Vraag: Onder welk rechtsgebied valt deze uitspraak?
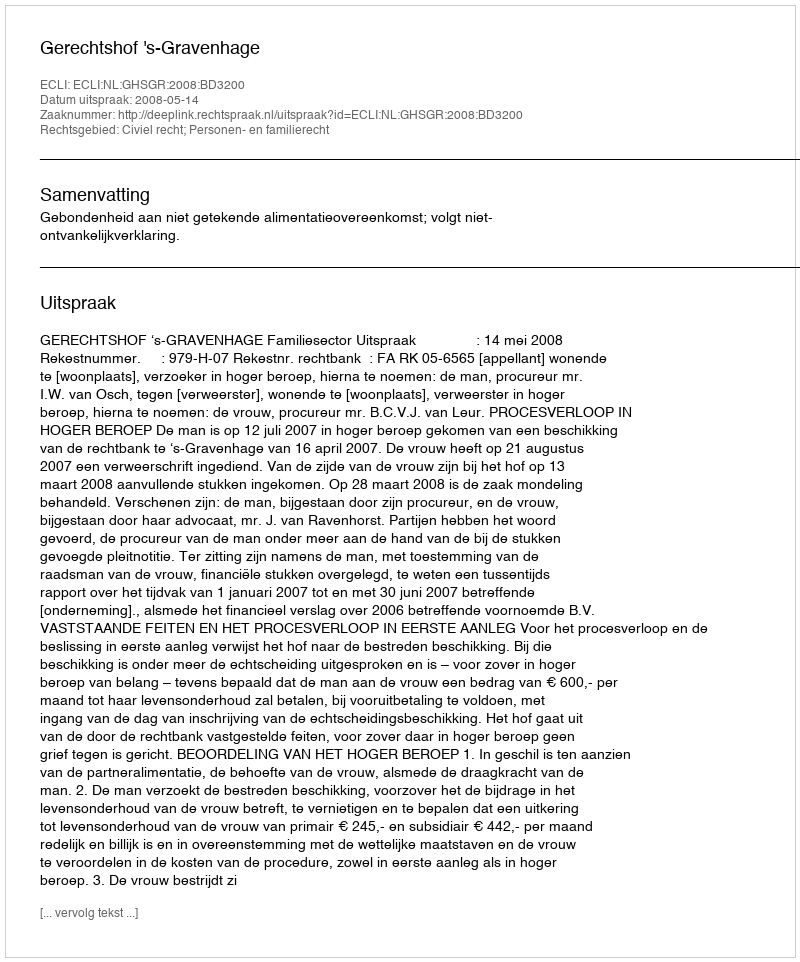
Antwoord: Civiel recht; Personen- en familierecht